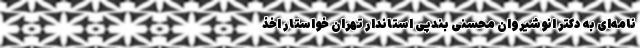
نامه‌ای به دکتر انوشیروان محسنی بندپی استاندار تهران خواستار اخذ